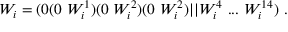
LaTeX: W _ { i } = ( 0 ( 0 ~ W _ { i } ^ { 1 } ) ( 0 ~ W _ { i } ^ { 2 } ) ( 0 ~ W _ { i } ^ { 2 } ) \vert \vert W _ { i } ^ { 4 } ~ . . . ~ W _ { i } ^ { 1 4 } ) ~ .